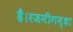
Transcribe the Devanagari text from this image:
हैं।रजनीगन्धा